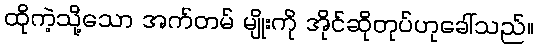
ထိုကဲ့သို့သော အက်တမ် မျိုးကို အိုင်ဆိုတုပ်ဟုခေါ်သည်။